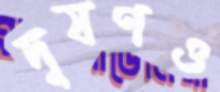
দূষণও